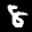
Label: 8